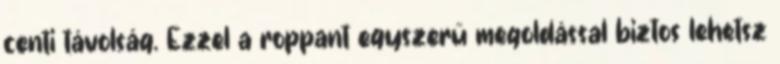
centi távolság. Ezzel a roppant egyszerű megoldással biztos lehetsz